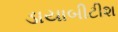
ડાયાબીટીશ